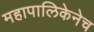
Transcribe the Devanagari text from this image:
महापालिकेनेच